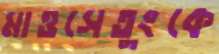
মাওসেতুংকে